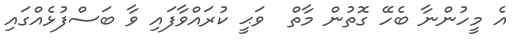
އެ މީހުންނާ ބެހޭ ގޮތުން މާތް  ވަޙީ ކުރައްވާފައި ވާ ބަސްފުޅެއްގައި